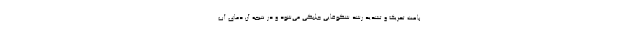
باعث تحریک و تشدید رشد شکوفایی جلبکی می‌شود و در نتیجه آن دمای آب